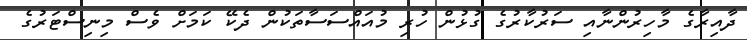
ދާއިރާގެ މާހިރުންނާއި ސަރުކާރުގެ ގުޅުން ހުރި މުއައްސަސާތަކުން ދެކޭ ކަމަށް ވެސް މިނިސްޓަރުގެ